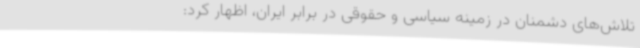
تلاش‌های دشمنان در زمینه سیاسی و حقوقی در برابر ایران، اظهار کرد: